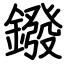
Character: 鏺